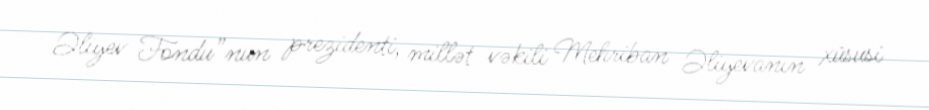
Əliyev Fondu”nun prezidenti, millət vəkili Mehriban Əliyevanın xüsusi